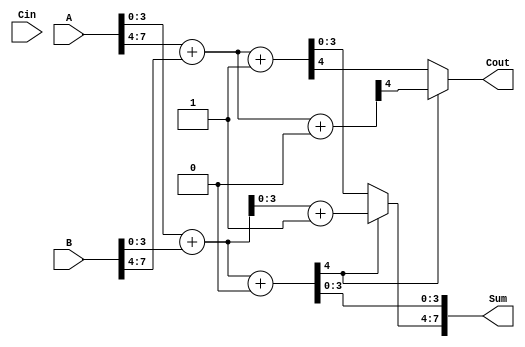
module CarrySelectAdder (
    input [7:0] A,      // 8-bit input A
    input [7:0] B,      // 8-bit input B
    input Cin,          // Carry-in
    output [7:0] Sum,   // 8-bit Sum output
    output Cout         // Carry-out
);

    // Internal signals for the segments
    wire [3:0] sum0_0, sum0_1, sum1_0, sum1_1;
    wire carry0_0, carry0_1, carry1_0, carry1_1;
    wire carry_out_0, carry_out_1;

    // First segment (A[3:0], B[3:0])
    // Adder assuming Cin = 0
    assign {carry0_0, sum0_0} = A[3:0] + B[3:0] + 4'b0000;
    // Adder assuming Cin = 1
    assign {carry0_1, sum1_0} = A[3:0] + B[3:0] + 4'b0001;

    // Second segment (A[7:4], B[7:4])
    // Adder assuming Cin = 0
    assign {carry1_0, sum0_1} = A[7:4] + B[7:4] + 4'b0000;
    // Adder assuming Cin = 1
    assign {carry1_1, sum1_1} = A[7:4] + B[7:4] + 4'b0001;

    // Carry selection for the second segment
    assign carry_out_0 = carry0_0; // Carry out from the first segment
    assign carry_out_1 = carry0_1; // Carry out from the first segment when Cin = 1

    // MUX to select the sum for the second segment
    assign Sum[3:0] = sum0_0; // Sum for the first segment
    assign Sum[7:4] = (carry_out_0) ? sum1_0 : sum1_1; // Select based on carry out from first segment

    // Final carry-out
    assign Cout = (carry_out_0) ? carry1_0 : carry1_1;

endmodule